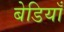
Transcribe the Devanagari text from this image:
बेडियाँ